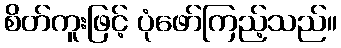
စိတ်ကူးဖြင့် ပုံဖော်ကြည့်သည်။